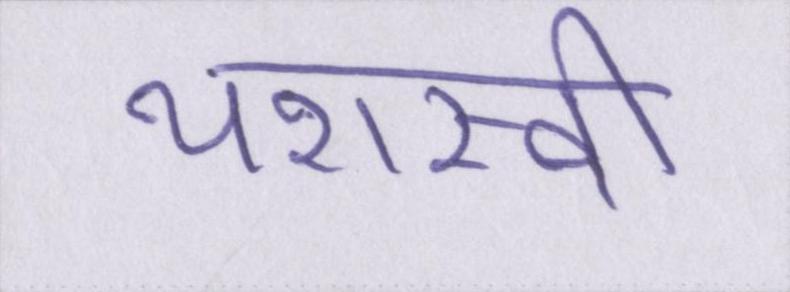
यशस्वी